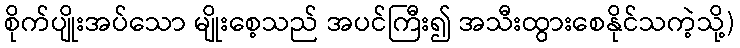
စိုက်ပျိုးအပ်သော မျိုးစေ့သည် အပင်ကြီး၍ အသီးထွားစေနိုင်သကဲ့သို့)